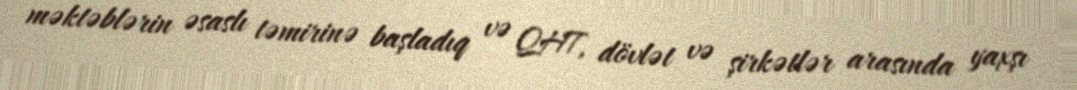
məktəblərin əsaslı təmirinə başladıq və QHT, dövlət və şirkətlər arasında yaxşı